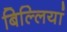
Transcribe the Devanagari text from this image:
बिल्‍लियां